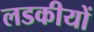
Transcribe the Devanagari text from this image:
लडकीयों